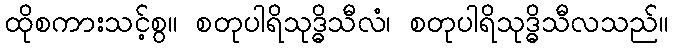
ထိုစကားသင့်စွ။ စတုပါရိသုဒ္ဓိသီလံ၊ စတုပါရိသုဒ္ဓိသီလသည်။